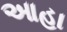
આહા